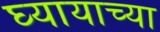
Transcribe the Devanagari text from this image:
घ्यायाच्या